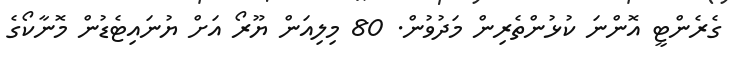
ގެރެންޓީ އޮންނަ ކުޅުންތެރިން މަދުވުން. 80 މިލިއަން ޔޫރޯ އަށް ޔުނައިޓެޑުން މޮނާކޯގެ